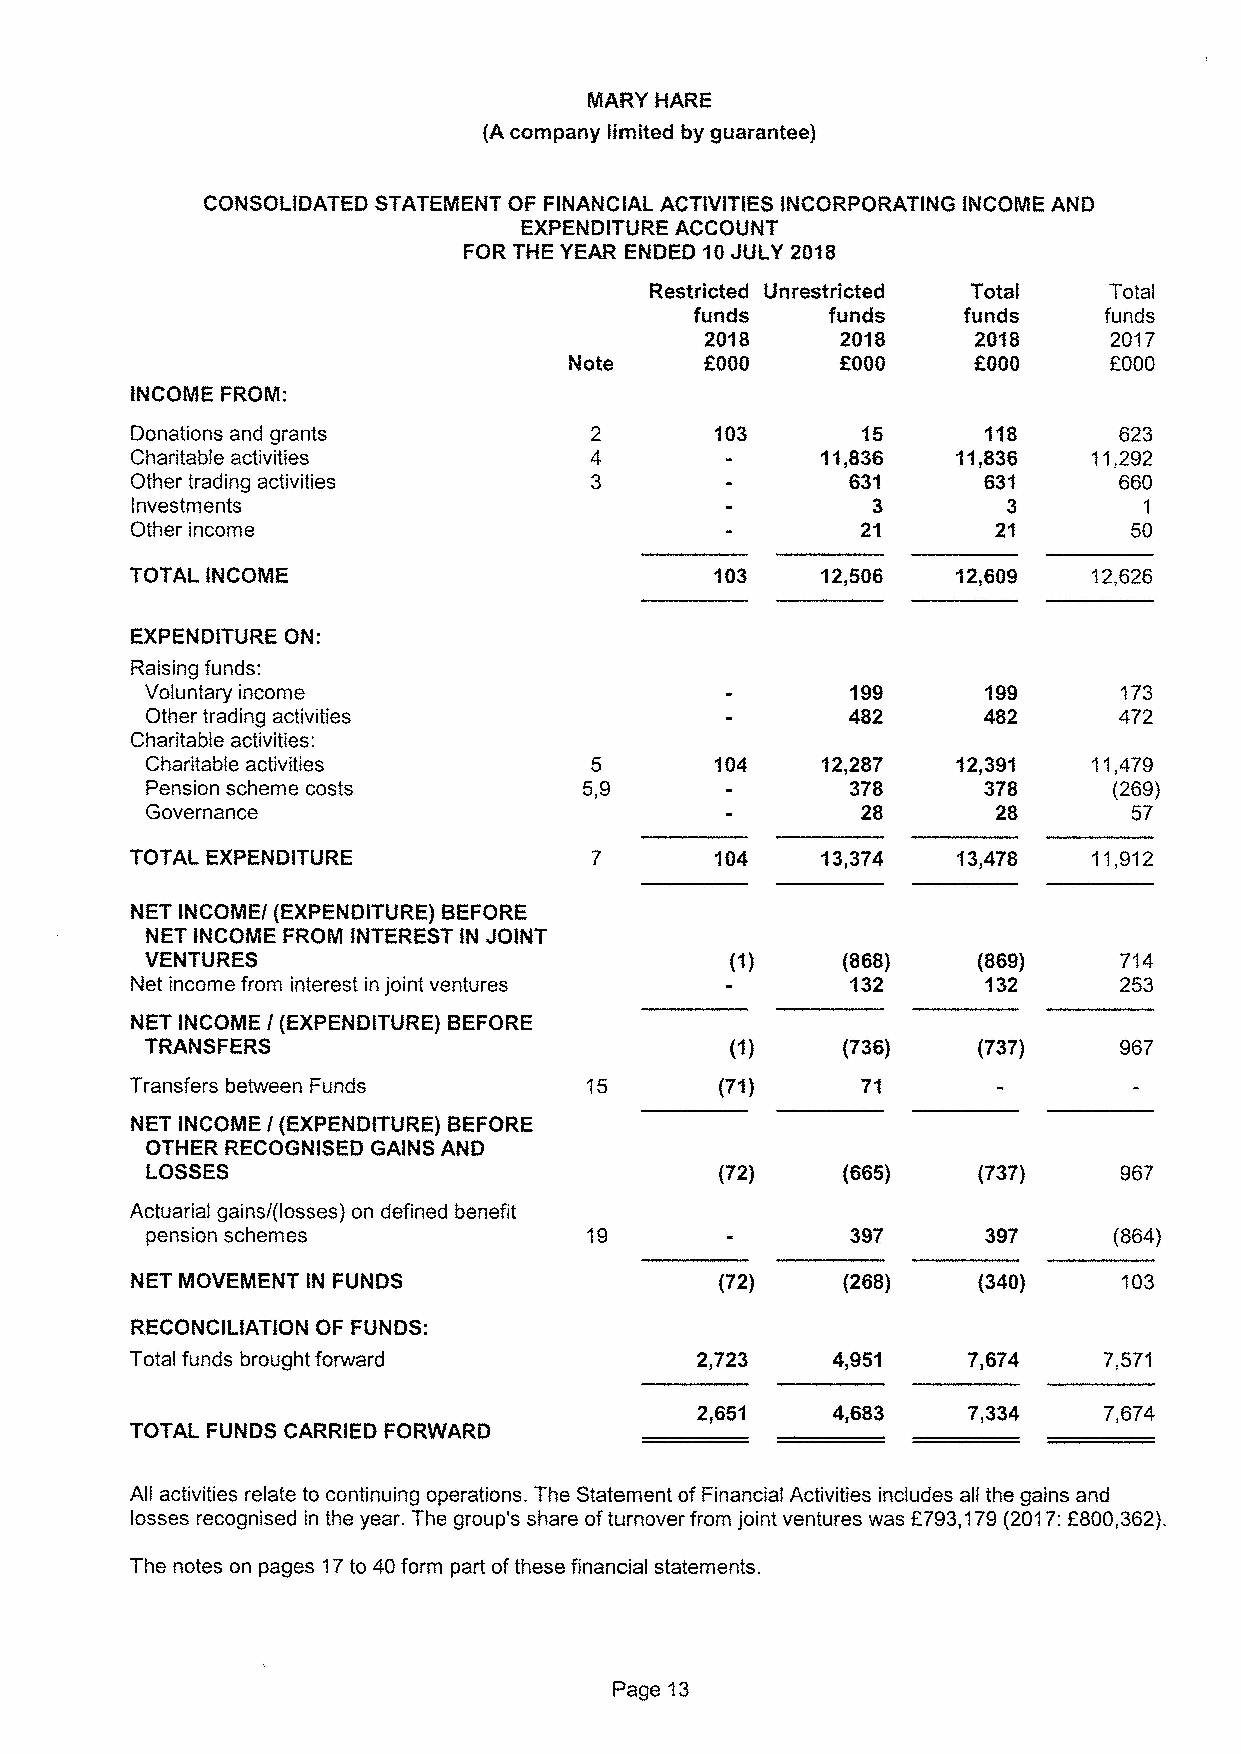
CONSOLIDATED STATEMENT GF FINANCIAL ACTIVITIES INCORPORATING INCOME AND
 EXPENDITURE ACCOUNT
 FGR THE YEAR ENDED 10JULY 2018
 Restricted Unrestricted Total Total
 funds    funds    funds    funds
 2018     2018    2018     2017
 f000     f000    OOOO     2000
 INCOME FROM:
 Donations and grants                  103                        623
 Charitable activities                                          11,292
 Other trading activities                                         660
 Investments                                                        1
 Other income                                                      50
 TOTAL INCOME                          103    12,506            12,626
 EXPENDITURE GN".
 Raising funds:
 Voluntary income                                                1?3
 Other trading activities                                        472
 Charitable activities:
 Charitable activities                104                      11,479
 Pension scheme costs                                            (269)
 Governance                                                       57
 TOTAL EXPENDITURE                     104    13,374            11,912
 NET INCOME/ (EXPENDITURE) BEFORE
 NET INCOME FROM INTEREST IN JOINT
 VENTURES
 Net income from interest in joint ventures
 NET INCOIVIE / (EXPENDITURE) BEFORE
 TRANSFERS                             (1)
 Transfers between Funds                (71)
 NET INCOME / (EXPENDITURE) BEFORE
 OTHER RECOGNISED GAINS AND
 LOSSES                                                 (?37)
 Actuarial gains/(losses) on defined benefit
 pension schemes                                                 (864)
 NET MOVEMENT IN FUNDS                  (72)                      103
 RECONCILIATION GF FUNDS:
 Total funds brought forward          2,723
 2,651             7,334    7,674
 TOTAL FUNDS CARRIED FORWARD
 All activities relate to continuing operations. The Statement of Financial Activities includes all the gains and
 losses recognised in the year. The group's share ofturnover from joint ventures was E?93,179(2017:6800,362).
 The notes on pages 17to 40form part ofthese financial statements.
 Page 13